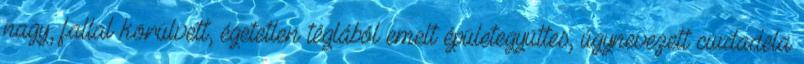
nagy, fallal körülvett, égetetlen téglából emelt épületegyüttes, úgynevezett ciudadela